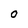
Character: 0